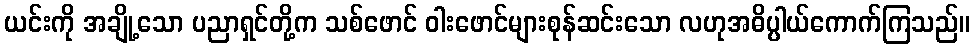
ယင်းကို အချို့သော ပညာရှင်တို့က သစ်ဖောင် ဝါးဖောင်များစုန်ဆင်းသော လဟုအဓိပ္ပါယ်ကောက်ကြသည်။